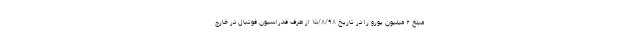
مبلغ ۲ میلیون یورو را در تاریخ ۱۵/۸/۹۸ از طرف فدراسیون فوتبال در خارج